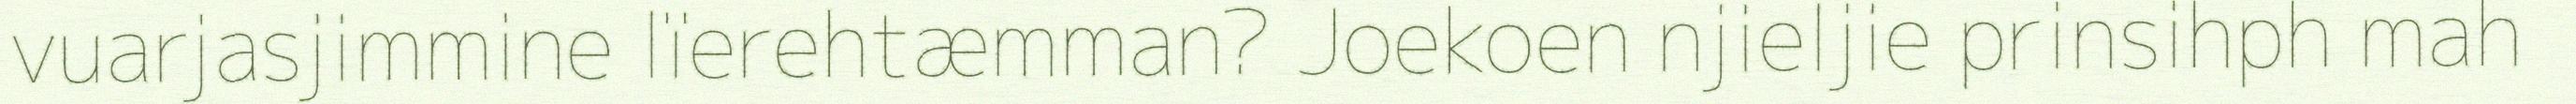
vuarjasjimmine lïerehtæmman? Joekoen njieljie prinsihph mah